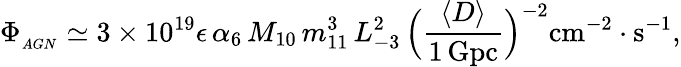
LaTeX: \Phi_{_{AGN}}\simeq 3\times 10^{19}\epsilon\, \alpha_{6}\, M_{10}\, m_{11}^{3}\, L_{-3}^{2}\, \Bigl({\frac{\langle D\rangle}{1\, \mathrm{Gpc}}}\Bigr)^{-2}\mathrm{cm}^{-2}\cdot\mathrm{s}^{-1},